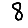
Digit: 8